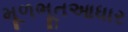
મૂળભૂતઆધાર